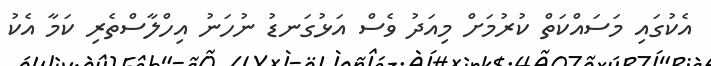
އެކުގައި މަސައްކަތް ކުރުމަށް މިއަދު ވެސް އަޅުގަނޑު ނުހަނު އިހްލާސްތެރި ކަމާ އެކު